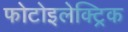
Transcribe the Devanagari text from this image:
फोटोइलेक्ट्रिक